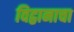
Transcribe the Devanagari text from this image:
विद्वानाचा